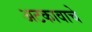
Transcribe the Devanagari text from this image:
अटकावाचे